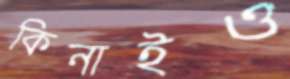
কিনাইও